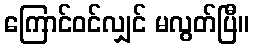
ကြောင်ဝင်လျှင် မလွတ်ပြီ။